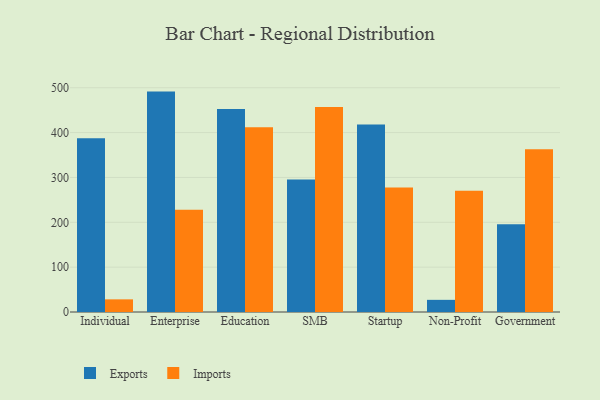
{"axis": {"x": "Segment", "y": "Backlog"}, "legend": ["Exports", "Imports"], "data": [{"x": "Individual", "y": 387.3, "type": "Exports"}, {"x": "Individual", "y": 28.2, "type": "Imports"}, {"x": "Enterprise", "y": 491.4, "type": "Exports"}, {"x": "Enterprise", "y": 228.2, "type": "Imports"}, {"x": "Education", "y": 452.8, "type": "Exports"}, {"x": "Education", "y": 412.0, "type": "Imports"}, {"x": "SMB", "y": 295.4, "type": "Exports"}, {"x": "SMB", "y": 457.2, "type": "Imports"}, {"x": "Startup", "y": 417.8, "type": "Exports"}, {"x": "Startup", "y": 277.7, "type": "Imports"}, {"x": "Non-Profit", "y": 27.1, "type": "Exports"}, {"x": "Non-Profit", "y": 270.5, "type": "Imports"}, {"x": "Government", "y": 195.8, "type": "Exports"}, {"x": "Government", "y": 362.8, "type": "Imports"}]}